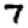
Digit: 7